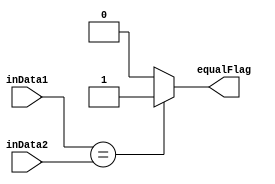
module Comparator(inData1 ,inData2 ,equalFlag);

input [31:0]  inData1;
input [31:0]  inData2;
output equalFlag;

assign equalFlag = (inData1 == inData2) ? 1'b1 : 1'b0;

endmodule